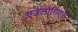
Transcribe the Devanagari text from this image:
एउलोगिएस्